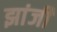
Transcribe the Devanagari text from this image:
झांजी